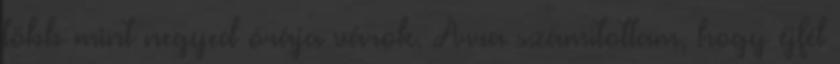
több mint negyed órája várok. Arra számítottam, hogy éjfél